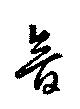
音